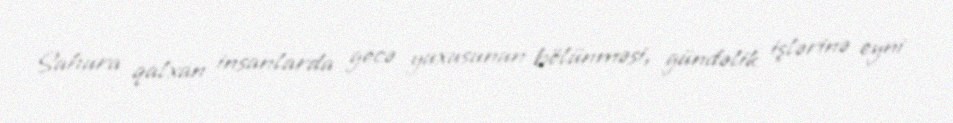
Sahura qalxan insanlarda gecə yuxusunun bölünməsi, gündəlik işlərinə eyni